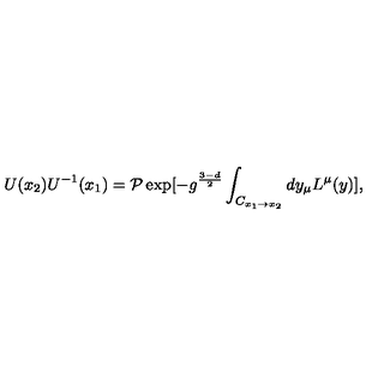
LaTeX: U ( x _ { 2 } ) U ^ { - 1 } ( x _ { 1 } ) = { \cal P } \exp [ - g ^ { \frac { 3 - d } { 2 } } \int _ { C _ { x _ { 1 } \to x _ { 2 } } } d y _ { \mu } L ^ { \mu } ( y ) ] ,